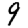
Digit: 9